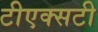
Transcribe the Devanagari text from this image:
टीएक्सटी